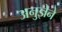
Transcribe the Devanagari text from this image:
अनुज्ञेने